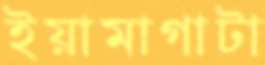
ইয়ামাগাটা